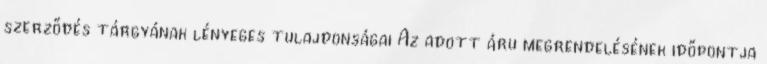
szerződés tárgyának lényeges tulajdonságai Az adott áru megrendelésének időpontja